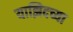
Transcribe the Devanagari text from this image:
याझिदच्या